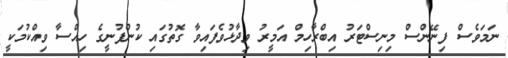
ނަމަވެސް ފިނޭންސް މިނިސްޓަރު އިބްރާހިމް އަމީރު ވިދާޅުވެފައިވާ ގޮތުގައި ކުންފުނީގެ ހިއްސާ ވިއްކުމަކީ